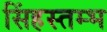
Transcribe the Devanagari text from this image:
सिंहस्तम्भ